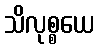
သိလုစ္စယေ